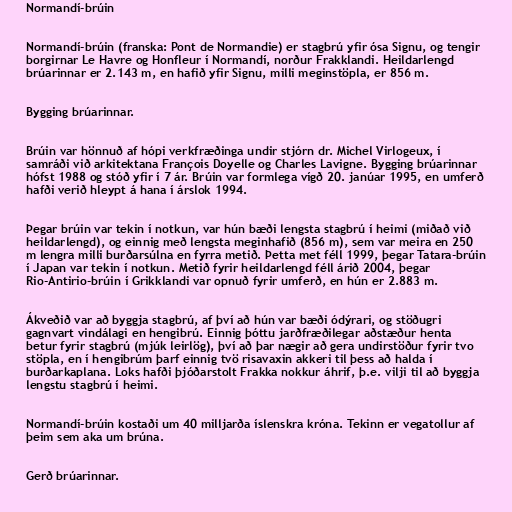
Normandí-brúin

Normandí-brúin (franska: Pont de Normandie) er stagbrú yfir ósa Signu, og tengir
borgirnar Le Havre og Honfleur í Normandí, norður Frakklandi. Heildarlengd
brúarinnar er 2.143 m, en hafið yfir Signu, milli meginstöpla, er 856 m.

Bygging brúarinnar.

Brúin var hönnuð af hópi verkfræðinga undir stjórn dr. Michel Virlogeux, í
samráði við arkitektana François Doyelle og Charles Lavigne. Bygging brúarinnar
hófst 1988 og stóð yfir í 7 ár. Brúin var formlega vígð 20. janúar 1995, en umferð
hafði verið hleypt á hana í árslok 1994.

Þegar brúin var tekin í notkun, var hún bæði lengsta stagbrú í heimi (miðað við
heildarlengd), og einnig með lengsta meginhafið (856 m), sem var meira en 250
m lengra milli burðarsúlna en fyrra metið. Þetta met féll 1999, þegar Tatara-brúin
í Japan var tekin í notkun. Metið fyrir heildarlengd féll árið 2004, þegar
Rio-Antirio-brúin í Grikklandi var opnuð fyrir umferð, en hún er 2.883 m.

Ákveðið var að byggja stagbrú, af því að hún var bæði ódýrari, og stöðugri
gagnvart vindálagi en hengibrú. Einnig þóttu jarðfræðilegar aðstæður henta
betur fyrir stagbrú (mjúk leirlög), því að þar nægir að gera undirstöður fyrir tvo
stöpla, en í hengibrúm þarf einnig tvö risavaxin akkeri til þess að halda í
burðarkaplana. Loks hafði þjóðarstolt Frakka nokkur áhrif, þ.e. vilji til að byggja
lengstu stagbrú í heimi.

Normandí-brúin kostaði um 40 milljarða íslenskra króna. Tekinn er vegatollur af
þeim sem aka um brúna.

Gerð brúarinnar.